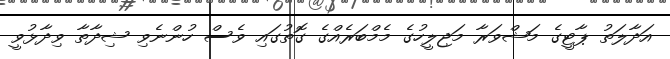
އަދާލަތު ޕާޓީގެ މަޝްވަރާ މަޖިލީހުގެ މެމްބަރެއްގެ ގޮތުގައި ވެސް ހުންނެވި ޝިދާތާ ވިދާޅުވީ